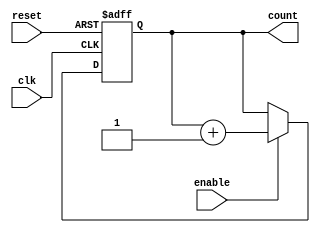
module chained_parallel_counter (
    input wire clk,          // Clock signal
    input wire reset,        // Asynchronous reset
    input wire enable,       // Enable signal
    output reg [N-1:0] count // N-bit counter output
);
    parameter N = 4; // Number of bits in the counter

    // Chained (Ripple) Counter Logic
    always @(posedge clk or posedge reset) begin
        if (reset) begin
            count <= 0; // Reset the counter to zero
        end else if (enable) begin
            count <= count + 1; // Increment the counter
        end
    end

    // Uncomment the following block for Parallel Counting Logic
    /*
    always @(posedge clk or posedge reset) begin
        if (reset) begin
            count <= 0; // Reset the counter to zero
        end else if (enable) begin
            // Parallel counting logic can be implemented here
            // For example, you could directly set count based on some input
            // count <= <some_logic_based_on_current_state>;
        end
    end
    */

endmodule